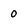
Character: 0